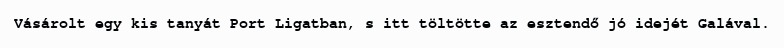
Vásárolt egy kis tanyát Port Ligatban, s itt töltötte az esztendő jó idejét Galával.